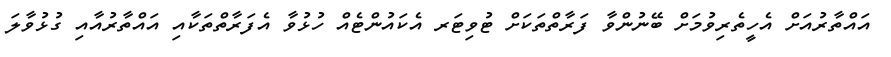
އައްތާރުއަށް އެހީތެރިވުމަށް ބޭނުންވާ ފަރާތްތަކަށް ޓުވިޓަރ އެކައުންޓެއް ހުޅުވާ އެފަރާތްތަކާއި އައްތާރުއާއި ގުޅުވާލަ